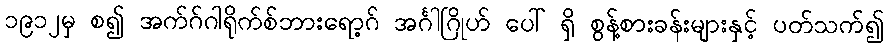
၁၉၁၂မှ စ၍ အက်ဂ်ဂါရိုက်စ်ဘားရော့ဂ် အင်္ဂါဂြိုဟ် ပေါ် ရှိ စွန့်စားခန်းများနှင့် ပတ်သက်၍